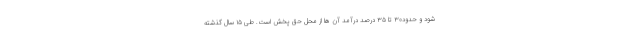
شود و حدود۳۰ تا ۳۵ درصد درآمد آن ها از محل حق پخش است. طی ۱۵ سال گذشته